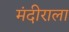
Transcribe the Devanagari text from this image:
मंदीराला